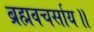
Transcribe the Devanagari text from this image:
ब्रह्मवचर्साय॥